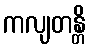
ကလျတန္တိ